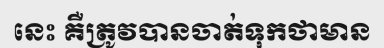
នេះ គឺត្រូវបានចាត់ទុកថាមាន